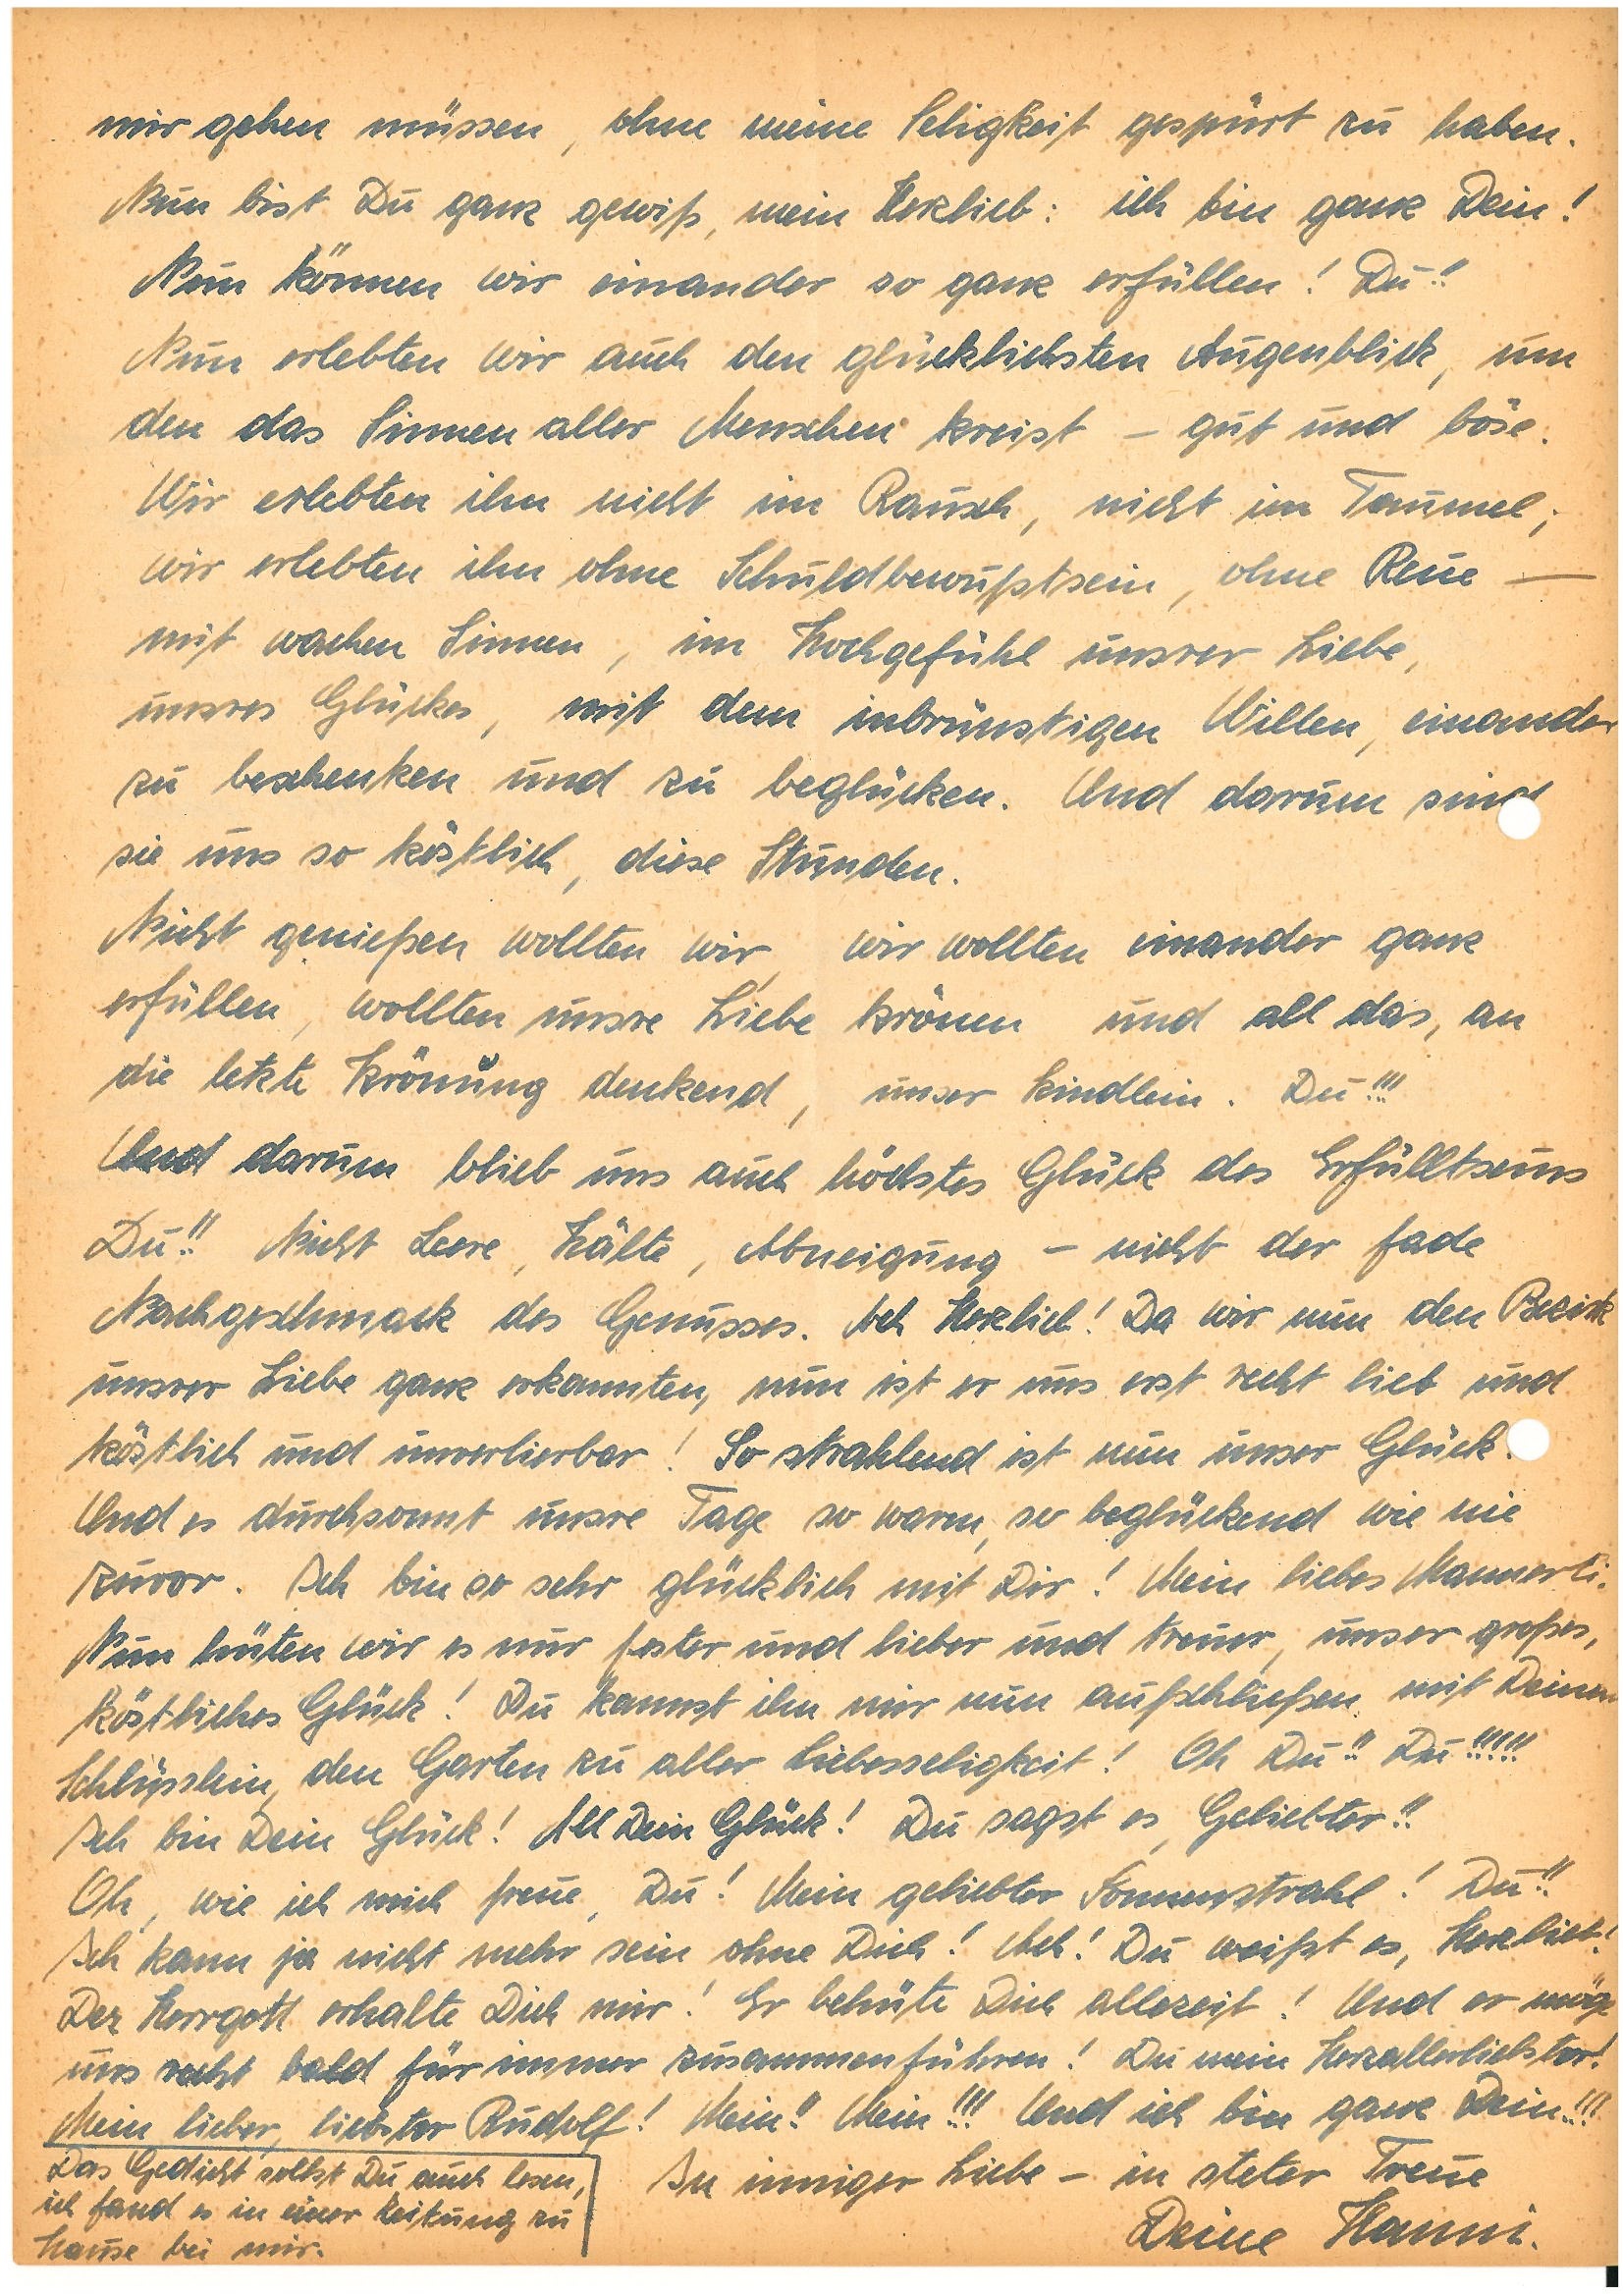
mir gehen müssen, ohne meine Seligkeit gespürt zu haben.
Nun bist Du ganz gewiß, mein Herzlieb: ich bin ganz Dein!
Nun können wir einander so ganz erfüllen! Du!!
Nun erlebten wir auch den glücklichsten Augenblick, um
den das Sinnen aller Menschen kreist – gut und böse.
Wir erlebten ihn nicht im Rausch, nicht im Taumel;
wir erlebten ihn ohne Schuldbewusstsein, ohne Reue –
mit wachen Sinnen, im Hochgefühl unsrer Liebe,
unsres Glückes, mit dem inbrünstigen Willen, einander
zu beschenken und zu beglücken. Und darum sind
sie uns so köstlich, diese Stunden.
Nicht genießen wollten wir, wir wollten einander ganz
erfüllen, wollten unsre Liebe krönen und all das, an
die letzte Krönung denkend, unser Kindlein. Du!!!
Und darum blieb uns auch höchstes Glück des Erfülltseins
Du!! Nicht Leere, Kälte, Abneigung – nicht der fade
Nachgeschmack des Genusses. Ach Herzlieb! Da wir nun den Bezirk
unsrer Liebe ganz erkannten, nun ist er uns erst recht lieb und
köstlich und unverlierbar! So strahlend ist nun unser Glück.
Und es durchsonnt unsre Tage so warm, so beglückend wie nie
zuvor. Ich bin so sehr glücklich mit Dir! Mein liebes Mannerli.
Nun hüten wir es nur fester und lieber und treuer, unser großes,
köstliches Glück! Du kannst ihn mir nun aufschließen mit Deinem
Schlüsslein, den Garten zu aller Liebesseligkeit! Oh Du!! Oh Du!!!!!
Ich bin Dein Glück! All Dein Glück! Du sagst es, Geliebter!!
Oh, wie ich mich freue, Du! Mein geliebter Sonnenstrahl! Du!!
Ich kann ja nicht mehr sein ohne Dich! Ach! Du weißt es, Herzlieb!
Der Herrgott erhalte Dich mir! Er behüte dich allezeit! Und er möge
uns recht bald für immer zusammenführen! Du mein Herzallerliebster!
Mein lieber, liebster! Mein!! Mein!!! Und ich bin ganz Dein!!!
In inniger Liebe – in steter Treue
Deine.

Das Gedicht sollst du auch lesen,
ich fand es in einer Zeitung zu
Hause bei mir.